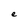
Character: e